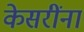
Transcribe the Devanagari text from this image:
केसरींना